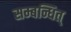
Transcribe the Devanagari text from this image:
सम्बन्धित्